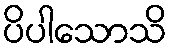
ပိပါသောသိ